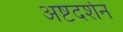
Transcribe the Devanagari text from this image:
अष्टदर्शन